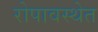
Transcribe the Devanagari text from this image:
रोपावस्थेत